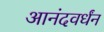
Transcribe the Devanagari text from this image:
आनंदवर्धंन